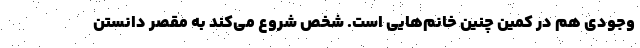
‌وجودی هم در کمین چنین خانم‌هایی است. شخص شروع می‌کند به مقصر دانستن